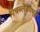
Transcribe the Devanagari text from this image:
पिचब्लेंडमधून